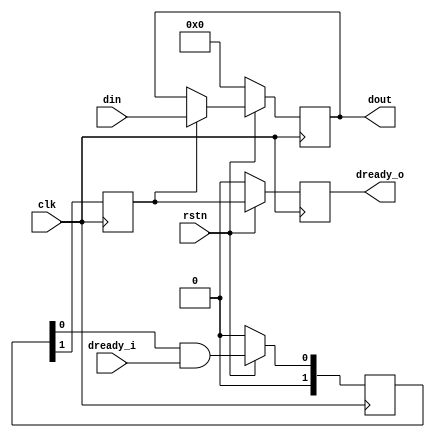
module data_sync (clk,rstn,din,dready_i,dout,dready_o);
input clk;
input rstn;
input [DWIDTH -1:0] din;
input dready_i;
output reg [DWIDTH-1:0] dout;
output reg dready_o;


parameter STAGES =2;
parameter DWIDTH =8;

reg [STAGES-1:0] flipflops;
reg dready_sync;

always @ (posedge clk )
begin
   if(!rstn)
         flipflops<=0;
   else
         flipflops<= {flipflops[STAGES -2:0] & dready_i};
end

always @ (posedge clk)
begin
 if(!rstn)
begin
       dout<=0;
       dready_o<=0;
end
else
   begin
   if (dready_sync)
   begin
	dout<=din;
   end
	dready_o<=dready_sync;
end
end
always @ (posedge clk)
begin
 dready_sync <= flipflops[STAGES -1];
end
endmodule